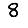
Digit: 8